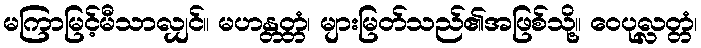
မကြာမြင့်မီသာလျှင်။ မဟန္တတ္တံ၊ များမြတ်သည်၏အဖြစ်သို့။ ဝေပုလ္လတ္တံ၊